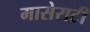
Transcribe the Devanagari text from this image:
मासेराटी